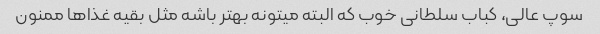
سوپ عالی، کباب سلطانی خوب که البته میتونه بهتر باشه مثل بقیه غذاها ممنون